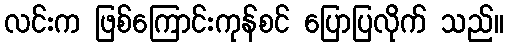
လင်းက ဖြစ်ကြောင်းကုန်စင် ပြောပြလိုက် သည်။